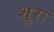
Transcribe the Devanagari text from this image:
शूरः